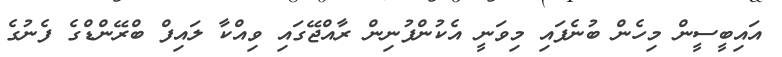
އައިބީސީން މިހެން ބުނެފައި މިވަނީ އެކުންފުނިން ރާއްޖޭގައި ވިއްކާ ލައިފް ބްރޭންޑްގެ ފެނުގެ